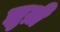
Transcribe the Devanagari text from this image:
झुम्री